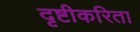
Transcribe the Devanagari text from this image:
दृष्टीकरिता